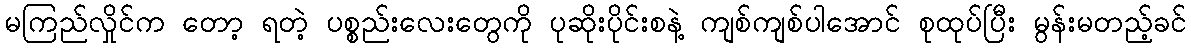
မကြည်လှိုင်က တော့ ရတဲ့ ပစ္စည်းလေးတွေကို ပုဆိုးပိုင်းစနဲ့ ကျစ်ကျစ်ပါအောင် စုထုပ်ပြီး မွန်းမတည့်ခင်